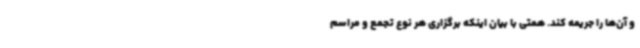
و آن‌ها را جریمه کند. همتی با بیان اینکه برگزاری هر نوع تجمع و مراسم